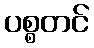
ပစ္စတင်